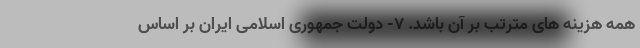
همه هزینه های مترتب بر آن باشد. ۷- دولت جمهوری اسلامی ایران بر اساس